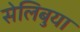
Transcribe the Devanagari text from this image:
सेलिबुया